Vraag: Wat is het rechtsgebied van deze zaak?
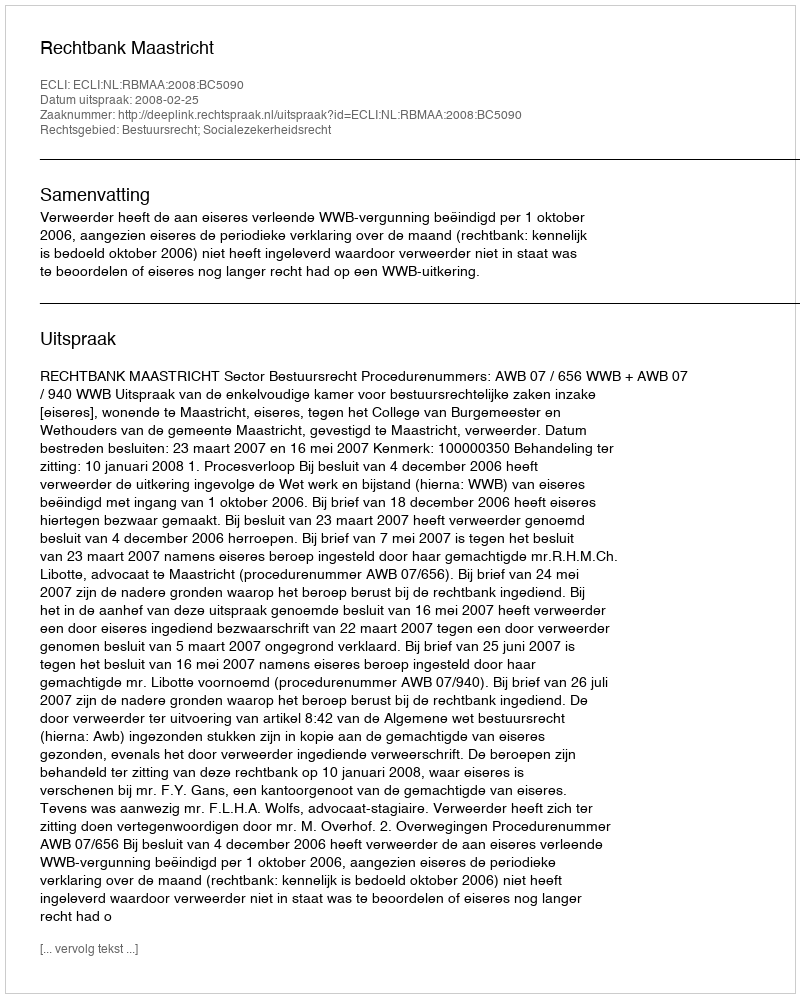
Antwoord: Bestuursrecht; Socialezekerheidsrecht